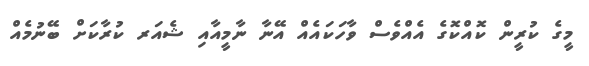
މީގެ ކުރީން ކޮއްކޮގެ އެއްވެސް ވާހަކައެއް އޭނާ ނާމީއާއި ޝެއަރ ކުރާކަށް ބޭނުމެއް